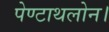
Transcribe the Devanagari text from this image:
पेण्टाथलोन।